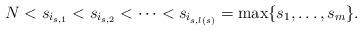
LaTeX: \begin{align*} N< s_{i_{s,1}} < s_{i_{s,2}} < \cdots < s_{i_{s,l(s)}} = \max\{ s_1,\ldots, s_m\}. \end{align*}